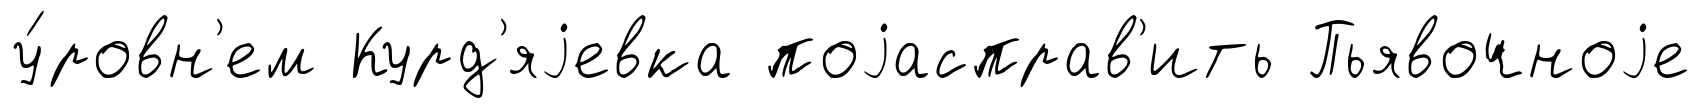
у́ровн'ем Курд'яjевка поjасправ'ить Пьявочноjе